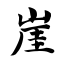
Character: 崖